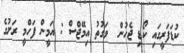
ކުޑަފަރީގައި ކޯޑި ޖެހުން  ވަގުތު އިމޭޖްސް : އަމީން ފަހްމީ ރަށުގެ